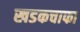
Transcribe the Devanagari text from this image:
खडकचाफा